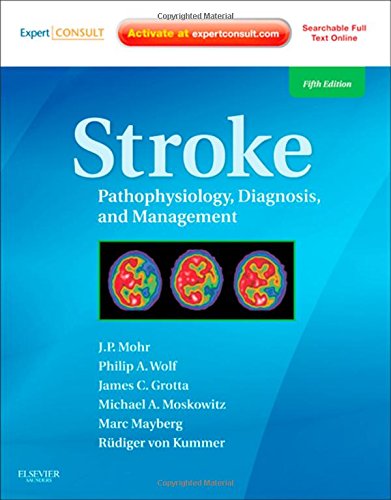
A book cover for Stroke: Pathophysiology, Diagnosis, and Management (Expert Consult - Online and Print), 5e; J. P. Mohr MS  MD; Health, Fitness & Dieting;